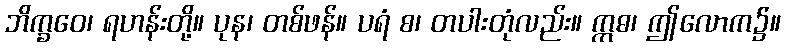
ဘိက္ခဝေ၊ ရဟန်းတို့။ ပုန၊ တစ်ဖန်။ ပရံ စ၊ တပါးတုံလည်း။ ဣဓ၊ ဤလောက၌။